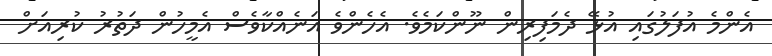
އެންމެ އުފަލުގައި އުޅޭ ދެމަފިރިން ނޫންކަމެވެ. އެހެންވެ އަނެއްކާވެސް އެމީހުން ދަތުރު ކުރިއަށް